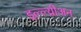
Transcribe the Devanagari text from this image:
इल्ल्य्रीअन